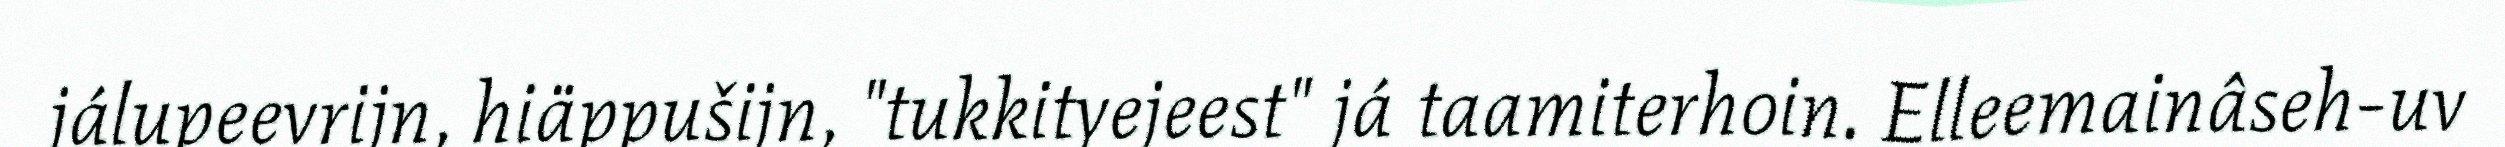
jálupeevrijn, hiäppušijn, "tukkityejeest" já taamiterhoin. Elleemainâseh-uv